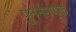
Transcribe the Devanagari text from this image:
पुनर्नेमणूक